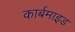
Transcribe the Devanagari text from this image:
कार्बमाइड